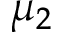
\mu _ { 2 }